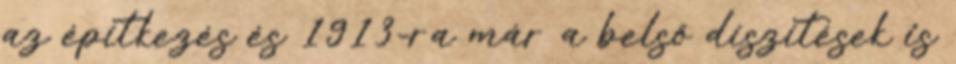
az építkezés és 1913-ra már a belső díszítések is